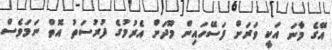
އޭގެ މާނަ އަކީ ވަރަށް ފަސޭހައިން މޫދަށް އެރުމުގެ ފުރުސަތު އޮތް ނަމަވެސް